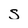
Character: s